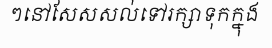
ៗនៅសែសសល់ទៅរក្សាទុកក្នុង